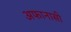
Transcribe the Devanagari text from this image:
अफानासी